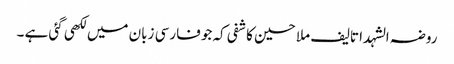
روضہ الشہدا تالیف ملا حسین کاشفی کہ جو فارسی زبان میں لکھی گئی ہے ۔